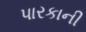
પારકાની